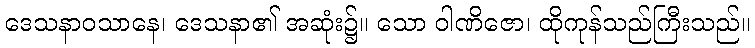
ဒေသနာဝသာနေ၊ ဒေသနာ၏ အဆုံး၌။ သော ဝါဏိဇော၊ ထိုကုန်သည်ကြီးသည်။